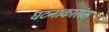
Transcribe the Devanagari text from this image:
घटनाकारांस